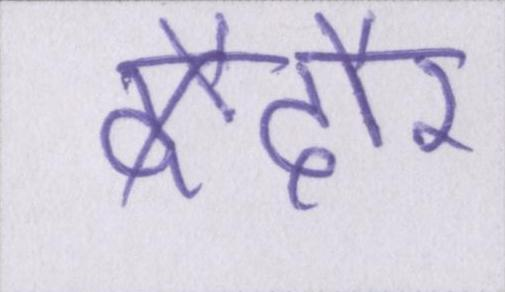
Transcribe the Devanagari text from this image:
दौर